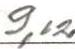
9,12